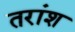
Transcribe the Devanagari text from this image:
तरांश